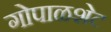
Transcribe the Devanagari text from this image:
गोपाळशेट